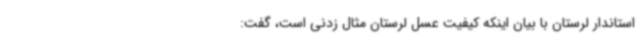
استاندار لرستان با بیان اینکه کیفیت عسل لرستان مثال زدنی است، گفت: